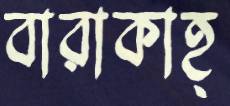
বারাকাহ্